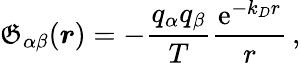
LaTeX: \mathfrak{G}_{\alpha\beta}(\boldsymbol{r})=-\frac{{q_{\alpha}q_{\beta}}}{{T}}\frac{{\mathrm{{e}}^{-k_{D}r}}}{{r}}\, ,